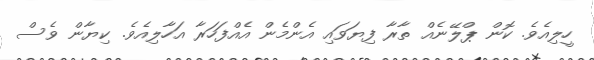
ހީލިއެވެ. ކޮން ޕްލޭނެއް ތާރާ ފިޔަވައި އެންމެން އެއްފަހަރާ އަހާލިއެވެ. ކިޔާން ވެސް